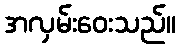
အလှမ်းဝေးသည်။